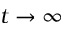
t \rightarrow \infty